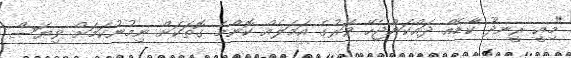
"މިއީ ރީނދޫ ކާޑެއް ދައްކަންޖެހޭ ވަރުގެ އަމަލެއް ކޮންމެ ގޮތަކަށް ނިމުނުކަމަށް ވިޔަސް